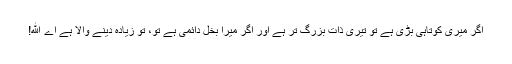
اگر میری کوتاہی بڑی ہے تو تیری ذات بزرگ تر ہے اور اگر میرا بخل دائمی ہے تو، تو زیادہ دینے والا ہے اے الله!